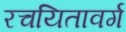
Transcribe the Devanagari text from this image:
रचयितावर्ग